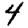
Digit: 4